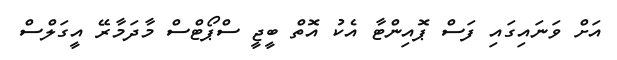
އަށް ވަނައިގައި ފަސް ޕޮއިންޓާ އެކު އޮތް ބީޖީ ސްޕޯޓްސް މާދަމާރޭ އީގަލްސް